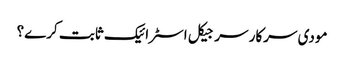
مودی سرکار سرجیکل اسٹرائیک ثابت کرے؟